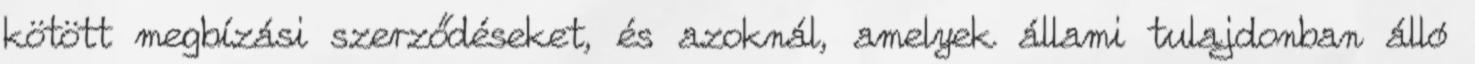
kötött megbízási szerződéseket, és azoknál, amelyek állami tulajdonban álló